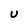
Character: U